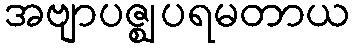
အဗျာပဇ္ဈပရမတာယ